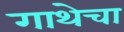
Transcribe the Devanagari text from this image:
गाथेचा